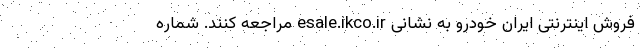
فروش اینترنتی ایران خودرو به نشانی esale.ikco.ir مراجعه کنند. شماره